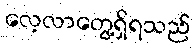
လေ့လာတွေ့ရှိရသည်